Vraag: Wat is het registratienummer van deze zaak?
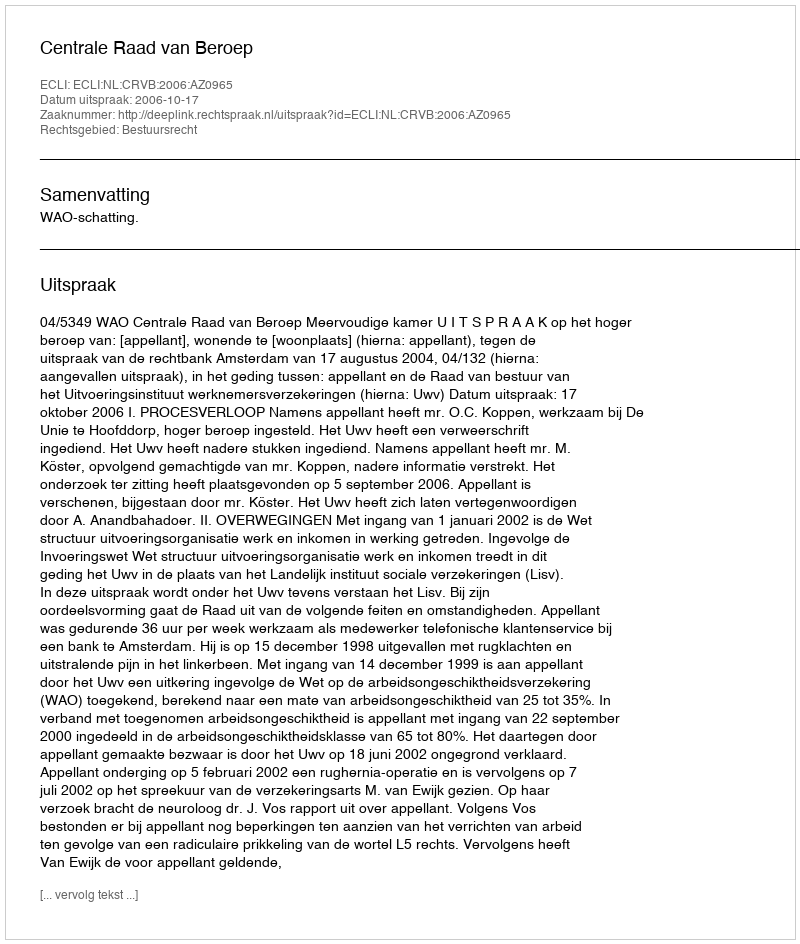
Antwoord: http://deeplink.rechtspraak.nl/uitspraak?id=ECLI:NL:CRVB:2006:AZ0965